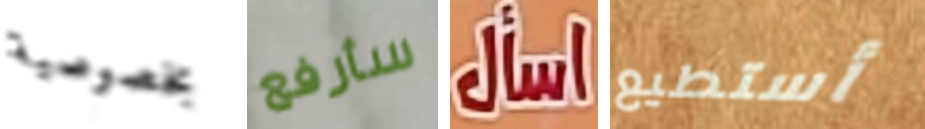
بخصوصية سأرفع اسأل أستطيع